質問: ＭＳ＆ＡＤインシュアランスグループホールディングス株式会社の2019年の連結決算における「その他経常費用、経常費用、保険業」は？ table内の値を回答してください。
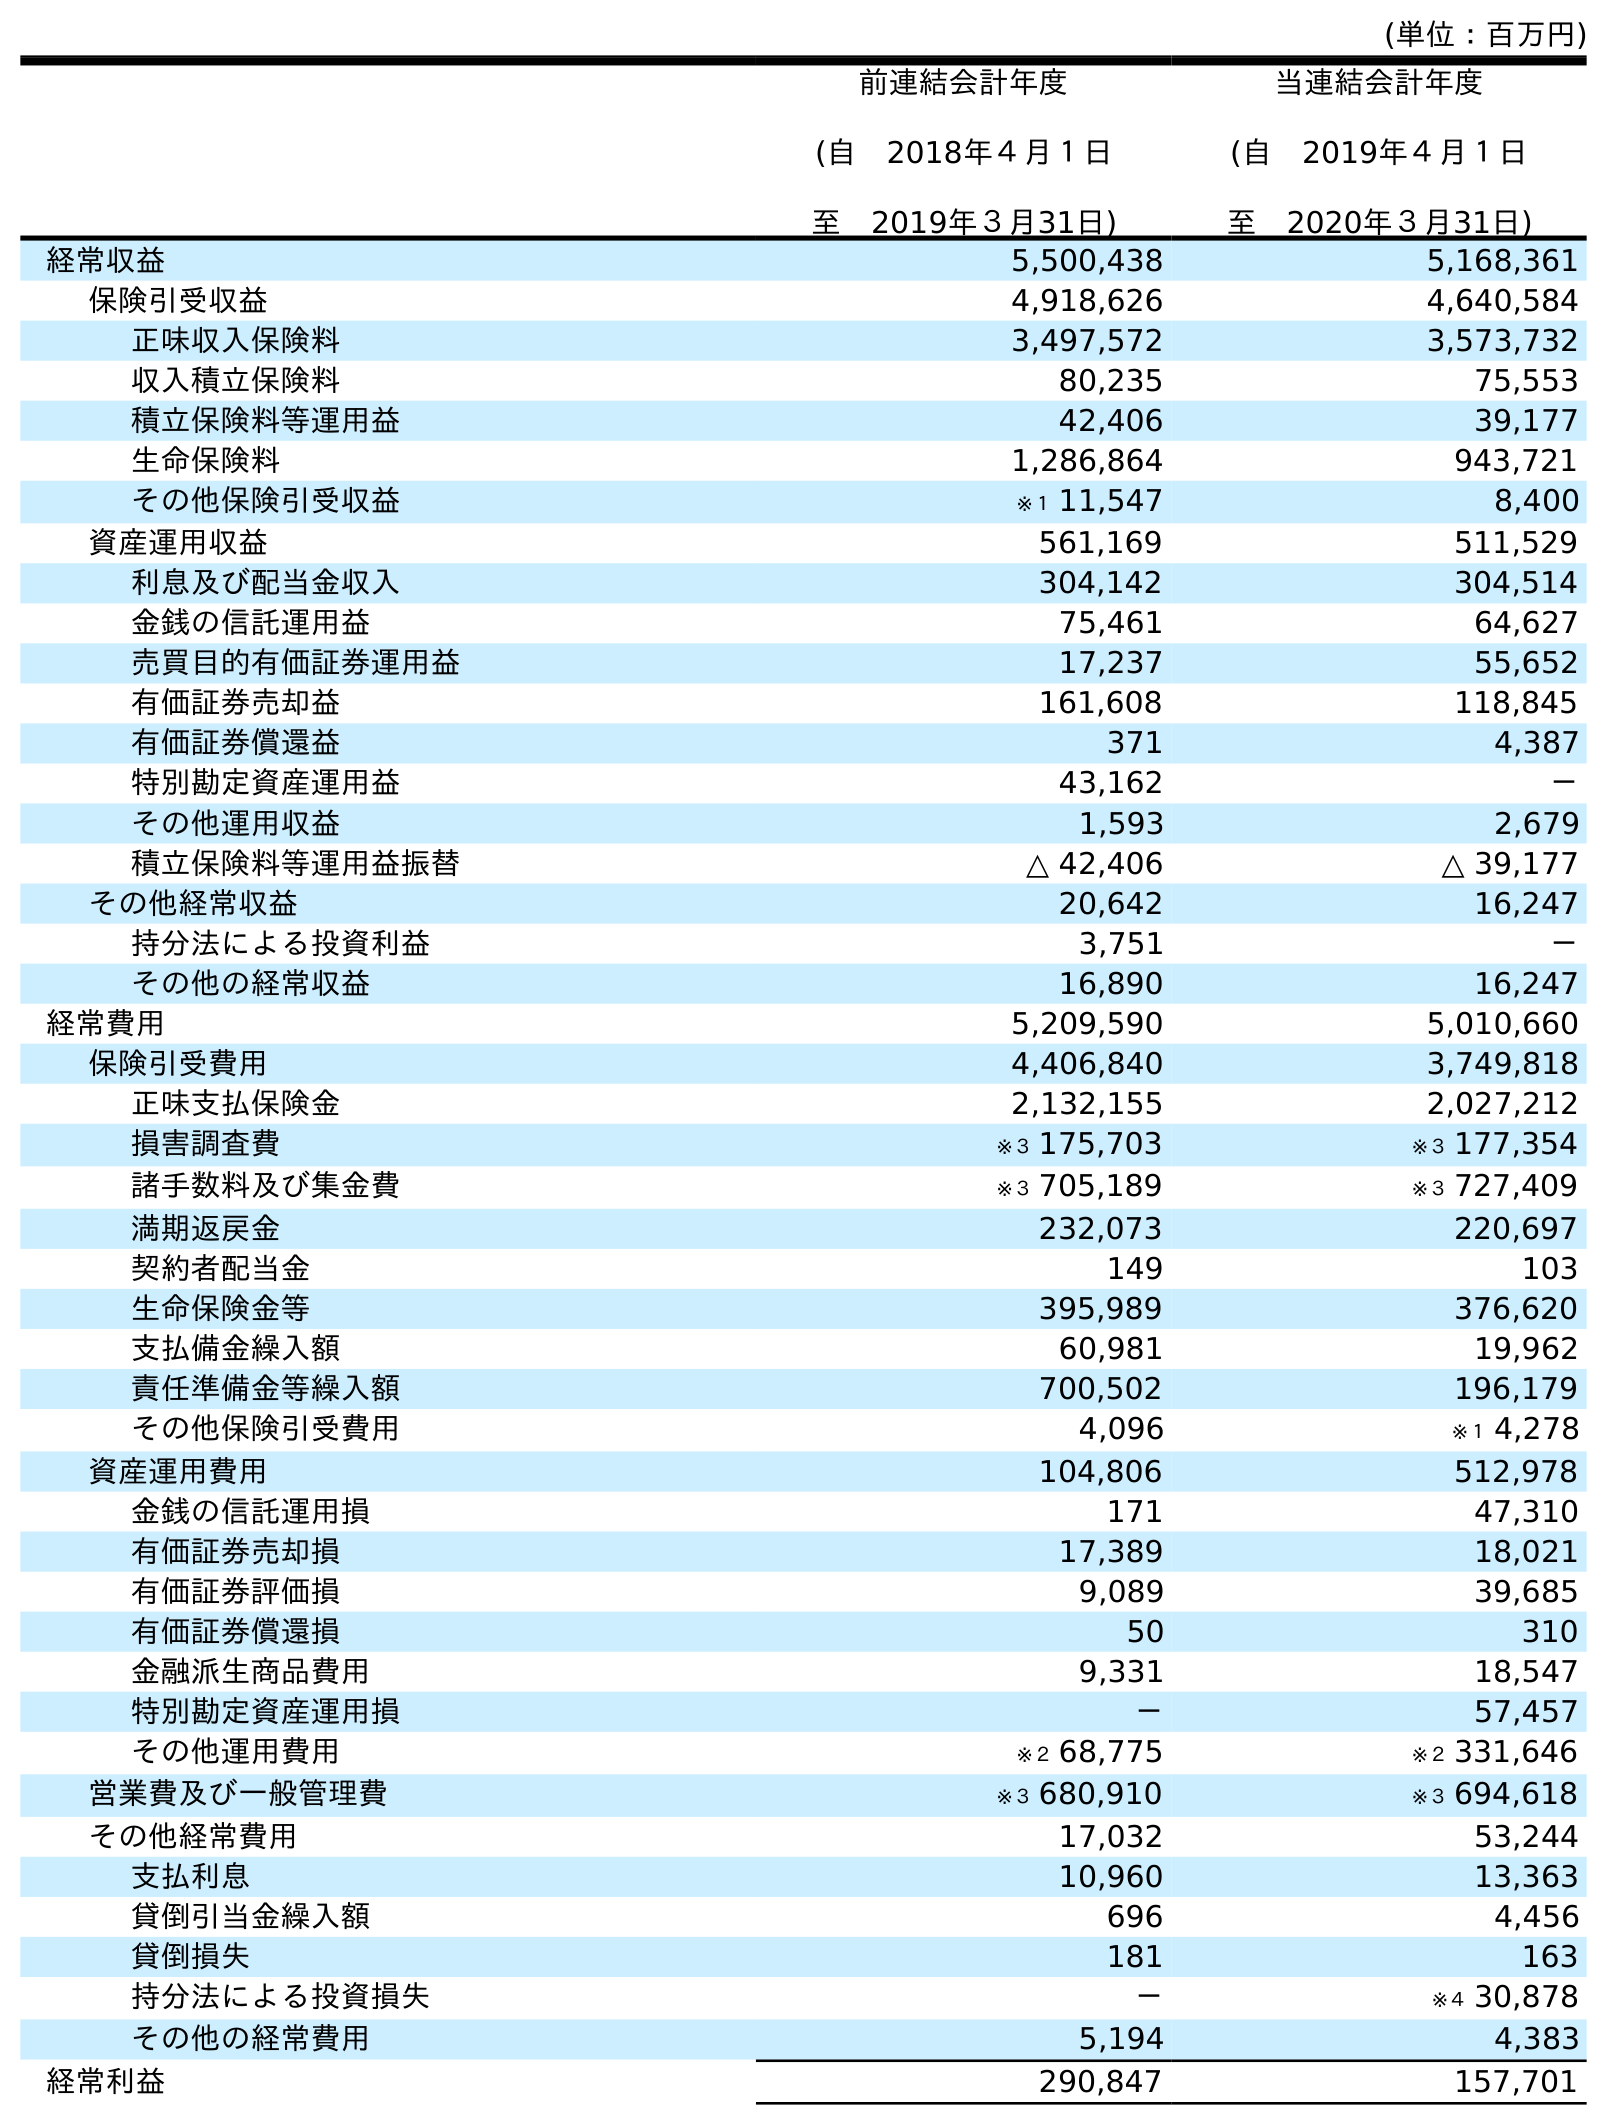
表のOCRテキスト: (単位：百万円) 前連結会計年度 (自 2018年４月１日 至 2019年３月31日) 当連結会計年度 (自 2019年４月１日 至 2020年３月31日) 経常収益 5,500,438 5,168,361 保険引受収益 4,918,626 4,640,584 正味収入保険料 3,497,572 3,573,732 収入積立保険料 80,235 75,553 積立保険料等運用益 42,406 39,177 生命保険料 1,286,864 943,721 その他保険引受収益 ※１ 11,547 8,400 資産運用収益 561,169 511,529 利息及び配当金収入 304,142 304,514 金銭の信託運用益 75,461 64,627 売買目的有価証券運用益 17,237 55,652 有価証券売却益 161,608 118,845 有価証券償還益 371 4,387 特別勘定資産運用益 43,162 － その他運用収益 1,593 2,679 積立保険料等運用益振替 △ 42,406 △ 39,177 その他経常収益 20,642 16,247 持分法による投資利益 3,751 － その他の経常収益 16,890 16,247 経常費用 5,209,590 5,010,660 保険引受費用 4,406,840 3,749,818 正味支払保険金 2,132,155 2,027,212 損害調査費 ※３ 175,703 ※３ 177,354 諸手数料及び集金費 ※３ 705,189 ※３ 727,409 満期返戻金 232,073 220,697 契約者配当金 149 103 生命保険金等 395,989 376,620 支払備金繰入額 60,981 19,962 責任準備金等繰入額 700,502 196,179 その他保険引受費用 4,096 ※１ 4,278 資産運用費用 104,806 512,978 金銭の信託運用損 171 47,310 有価証券売却損 17,389 18,021 有価証券評価損 9,089 39,685 有価証券償還損 50 310 金融派生商品費用 9,331 18,547 特別勘定資産運用損 － 57,457 その他運用費用 ※２ 68,775 ※２ 331,646 営業費及び一般管理費 ※３ 680,910 ※３ 694,618 その他経常費用 17,032 53,244 支払利息 10,960 13,363 貸倒引当金繰入額 696 4,456 貸倒損失 181 163 持分法による投資損失 － ※４ 30,878 その他の経常費用 5,194 4,383 経常利益 290,847 157,701
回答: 17,032